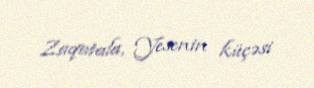
Zaqatala, Yesenin küçəsi